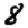
Digit: 8